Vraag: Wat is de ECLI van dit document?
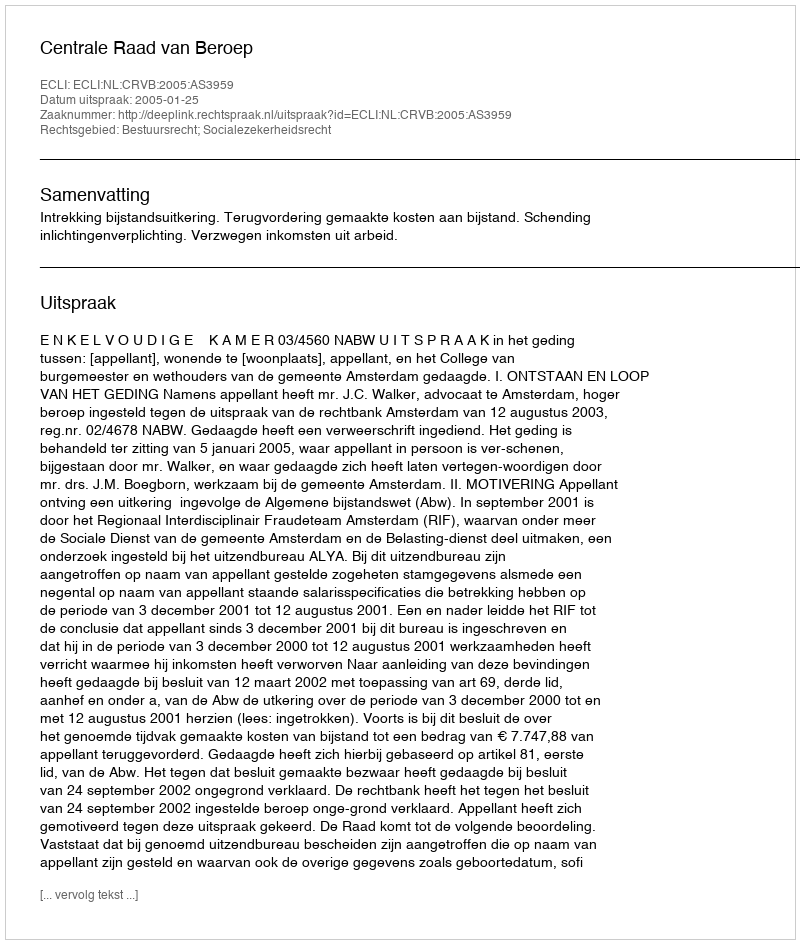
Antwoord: ECLI:NL:CRVB:2005:AS3959